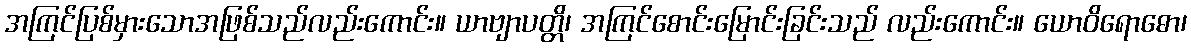
အကြင်ပြစ်မှားသောအဖြစ်သည်လည်းကောင်း။ ယာဗျာပတ္တိ၊ အကြင်စောင်းမြောင်းခြင်းသည် လည်းကောင်း။ ယောဝိရောဓော၊